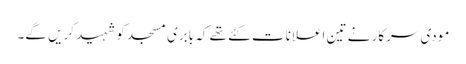
مودی سرکار نے تین اعلانات کئے تھے کہ بابری مسجد کو شہید کریں گے۔